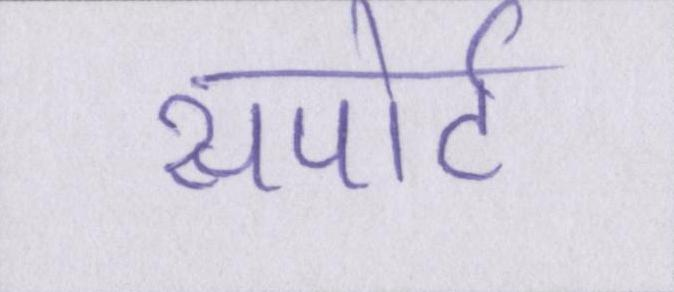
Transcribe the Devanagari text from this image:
सपोर्ट